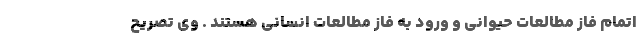
اتمام فاز مطالعات حیوانی و ورود به فاز مطالعات انسانی هستند . وی تصریح